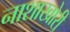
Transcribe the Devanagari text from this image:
नाशाखोरी